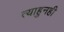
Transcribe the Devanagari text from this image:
त्याहुनही